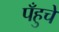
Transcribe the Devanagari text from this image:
पँहुचे